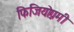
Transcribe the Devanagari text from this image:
फिजियोग्नमी